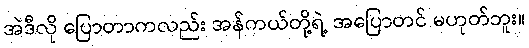
အဲဒီလို ပြောတာကလည်း အန်ကယ်တို့ရဲ့ အပြောတင် မဟုတ်ဘူး။